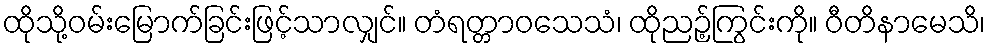
ထိုသို့ဝမ်းမြောက်ခြင်းဖြင့်သာလျှင်။ တံရတ္တာဝသေသံ၊ ထိုညဉ့်ကြွင်းကို။ ဝီတိနာမေသိ၊